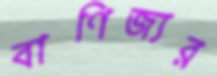
বাণিজ্যর